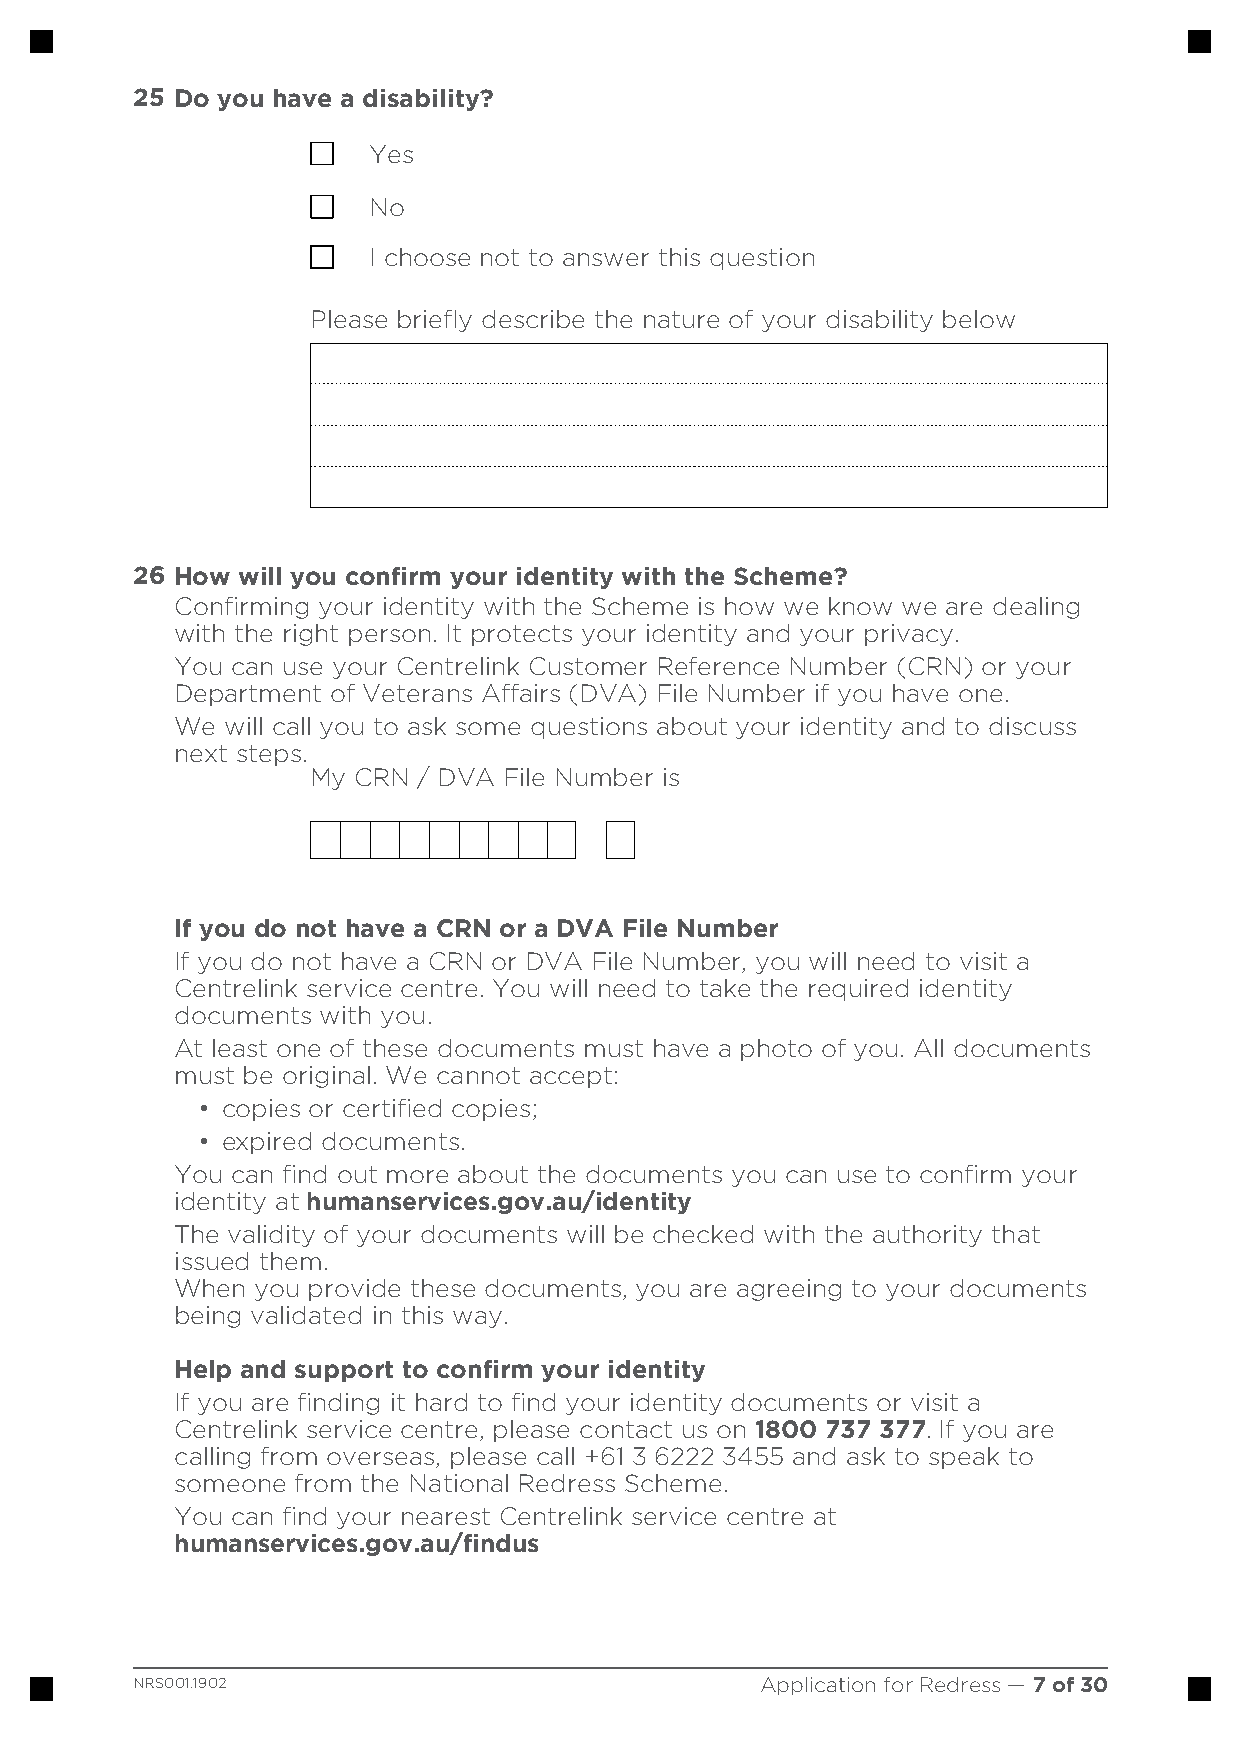
25 Do you have a disability?
 Yes
 No
 I choose not to answer this question
 Please briefly describe the nature of your disability below
 26 How will you confirm your identity with the Scheme?
 Confirming your identity with the Scheme is how we know we are dealing
 with the right person. It protects your identity and your privacy.
 You can use your Centrelink Customer Reference Number (CRN) or your
 Department of Veterans Affairs (DVA) File Number if you have one.
 We will call you to ask some questions about your identity and to discuss
 next steps.
 My CRN / DVA File Number is
 If you do not have a CRN or a DVA File Number
 If you do not have a CRN or DVA File Number, you will need to visit a
 Centrelink service centre. You will need to take the required identity
 documents with you.
 At least one of these documents must have a photo of you. All documents
 must be original. We cannot accept:
 • copies or certified copies;
 • expired documents.
 You can find out more about the documents you can use to confirm your
 identity at humanservices.gov.au/identity
 www.
 The validity of your documents will be checked with the authority that
 issued them.
 When you provide these documents, you are agreeing to your documents
 being validated in this way.
 Help and support to confirm your identity
 If you are finding it hard to find your identity documents or visit a
 Centrelink service centre, please contact us on 1800 737 377. If you are
 calling from overseas, please call +61 3 6222 3455 and ask to speak to
 someone from the National Redress Scheme.
 You can find your nearest Centrelink service centre at
 www.
 humanservices.gov.au/findus
 NRS001.1902                              Application for Redress — 7 of 30